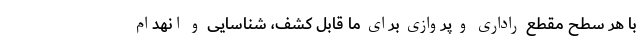
با هر سطح مقطع راداری و پروازی برای ما قابل کشف، شناسایی و انهدام